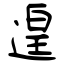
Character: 遑